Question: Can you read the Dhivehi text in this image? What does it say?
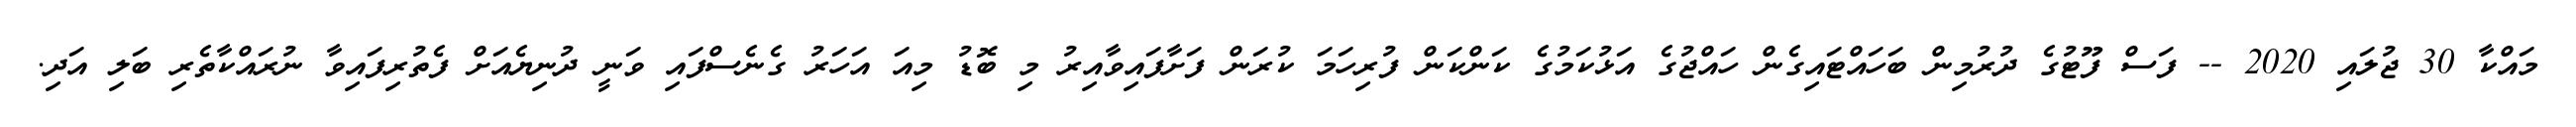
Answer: މައްކާ 30 ޖުލައި 2020 -- ފަސް ފޫޓުގެ ދުރުމިން ބަހައްޓައިގެން ހައްޖުގެ އަޅުކަމުގެ ކަންކަން ފުރިހަމަ ކުރަން ފަށާފައިވާއިރު މި ބޮޑު މިއަ އަހަރު ގެނެސްފައި ވަނީ ދުނިޔެއަށް ފެތުރިފައިވާ ނުރައްކާތެރި ބަލި އަދި.